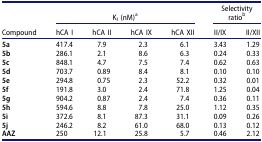
|  | <COLSPAN=4> KI (nM)a | <COLSPAN=2> Selectivity ratiob |
 | Compound | hCA I | hCA II | hCA IX | hCA XII | II/IX | II/XII |
 | --- | --- | --- | --- | --- | --- | --- |
 | 5a | 417.4 | 7.9 | 2.3 | 6.1 | 3.43 | 1.29 |
 | 5b | 286.1 | 2.1 | 8.6 | 6.3 | 0.24 | 0.33 |
 | 5c | 848.1 | 4.7 | 7.5 | 7.4 | 0.62 | 0.63 |
 | 5d | 703.7 | 0.89 | 8.4 | 8.1 | 0.10 | 0.10 |
 | 5e | 294.8 | 0.75 | 2.3 | 52.2 | 0.32 | 0.01 |
 | 5f | 191.8 | 3.0 | 2.4 | 71.8 | 1.25 | 0.04 |
 | 5g | 904.2 | 0.87 | 2.4 | 7.4 | 0.36 | 0.11 |
 | 5h | 594.6 | 8.8 | 7.8 | 25.0 | 1.12 | 0.35 |
 | 5i | 372.6 | 8.1 | 87.3 | 31.1 | 0.09 | 0.26 |
 | 5j | 246.2 | 8.2 | 61.0 | 68.0 | 0.13 | 0.12 |
 | AAZ | 250 | 12.1 | 25.8 | 5.7 | 0.46 | 2.12 |